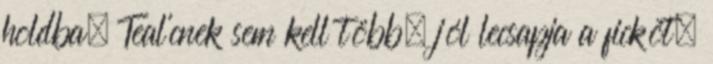
holdba. Teal’cnek sem kell több, jól lecsapja a fickót.